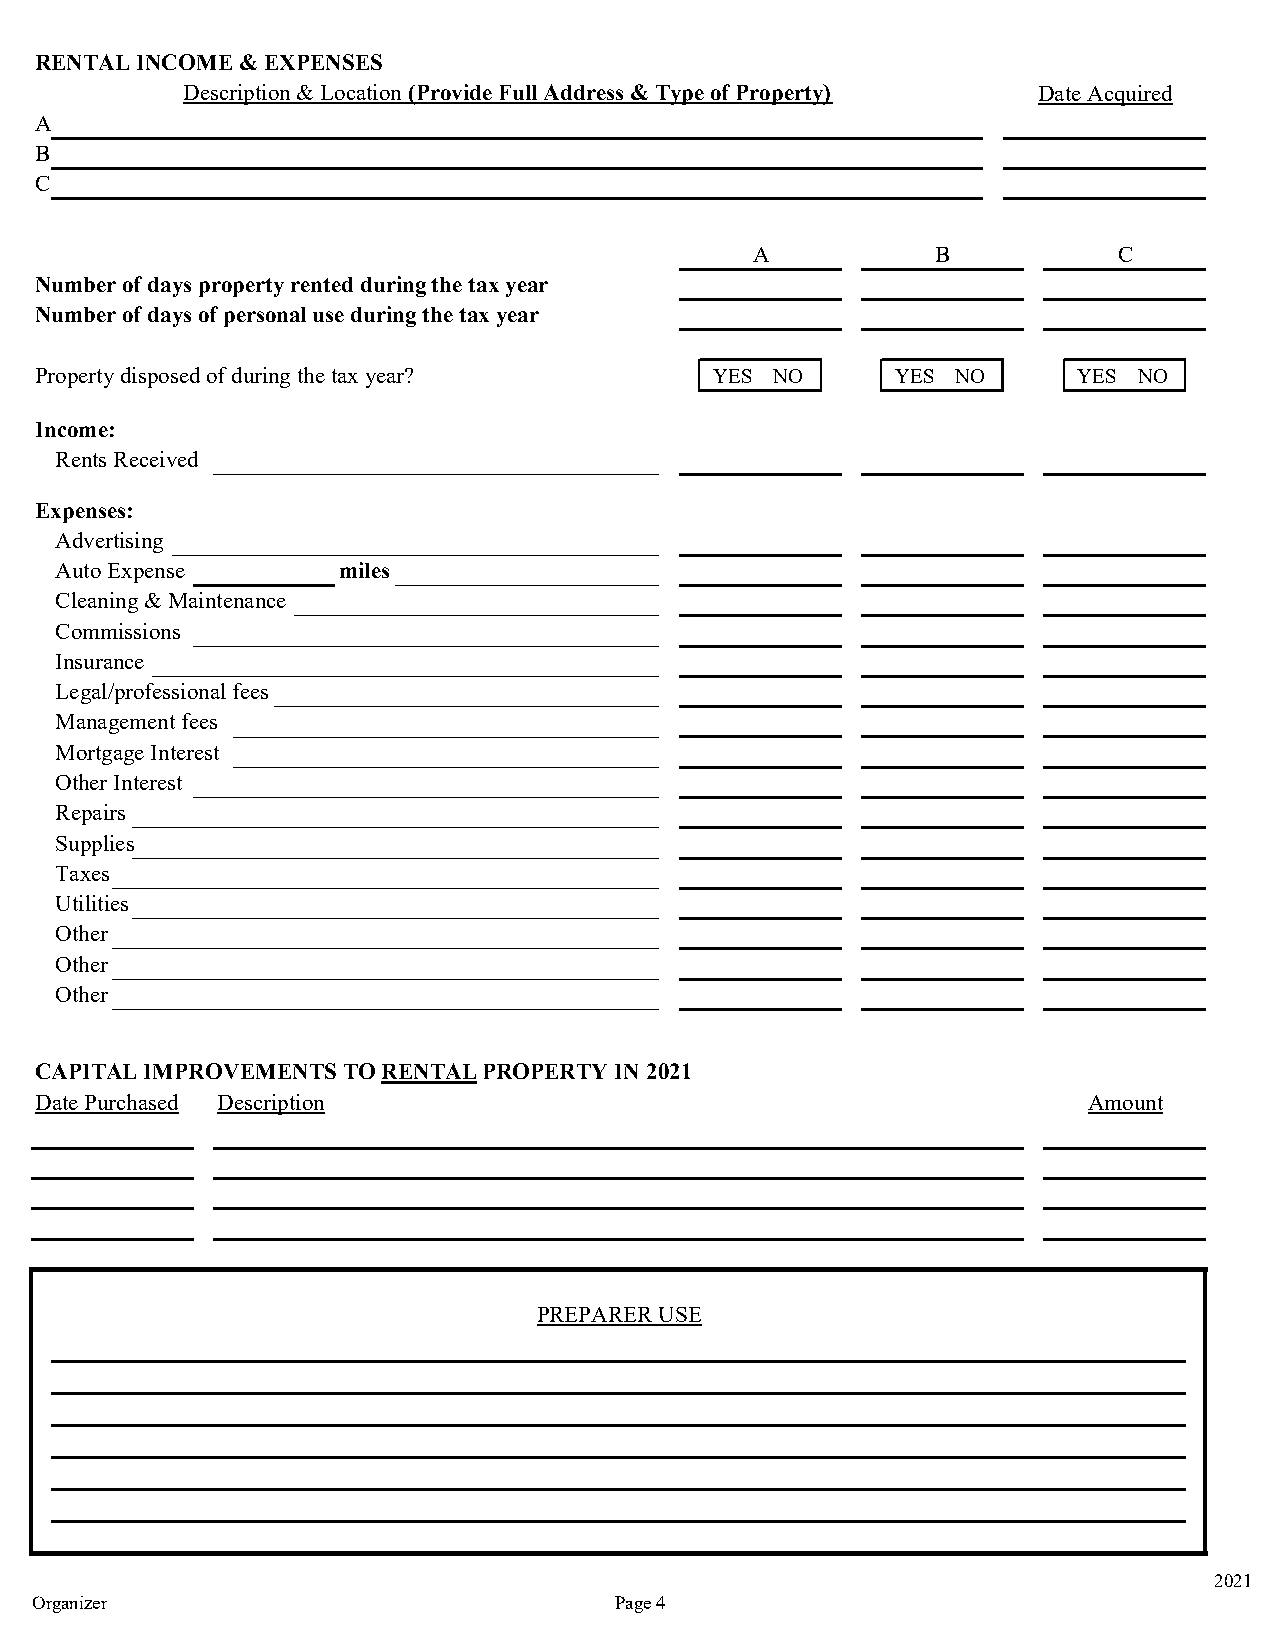
RENTAL INCOME & EXPENSES
 Description & Location (Provide Full Address & Type of Property) Date Acquired
 A
 B
 C
 A           B           C
 Number of days property rented during the tax year
 Number of days of personal use during the tax year
 Property disposed of during the tax year?    YES NO      YES NO      YES NO
 Income:
 Rents Received
 Expenses:
 Advertising
 Auto Expense      miles
 Cleaning & Maintenance
 Commissions
 Insurance
 Legal/professional fees
 Management fees
 Mortgage Interest
 Other Interest
 Repairs
 Supplies
 Taxes
 Utilities
 Other
 Other
 Other
 CAPITAL IMPROVEMENTS TO RENTAL PROPERTY IN 2021
 Date Purchased Description                                            Amount
 PREPARER USE
 2021
 Organizer                              Page 4